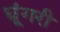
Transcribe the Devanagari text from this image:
धूंगरी